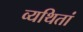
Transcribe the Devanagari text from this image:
व्यथितां